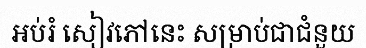
អប់រំ សៀវភៅនេះ សម្រាប់ជាជំនួយ